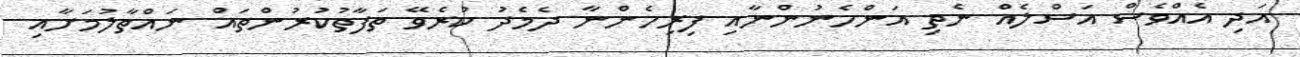
އަދި އެއްވެސް އަސްލެއް ނެތި އަންހެނުންނާއި ފިރިހެންނާ ދެމެދު ކުރެވޭ ތަފާތުކުރުންތައް ނައްތާލުމަށާއި